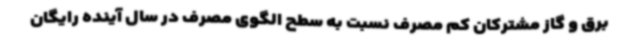
برق و گاز مشترکان کم مصرف نسبت به سطح الگوی مصرف در سال آینده رایگان